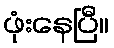
ဖုံးနေပြီ။